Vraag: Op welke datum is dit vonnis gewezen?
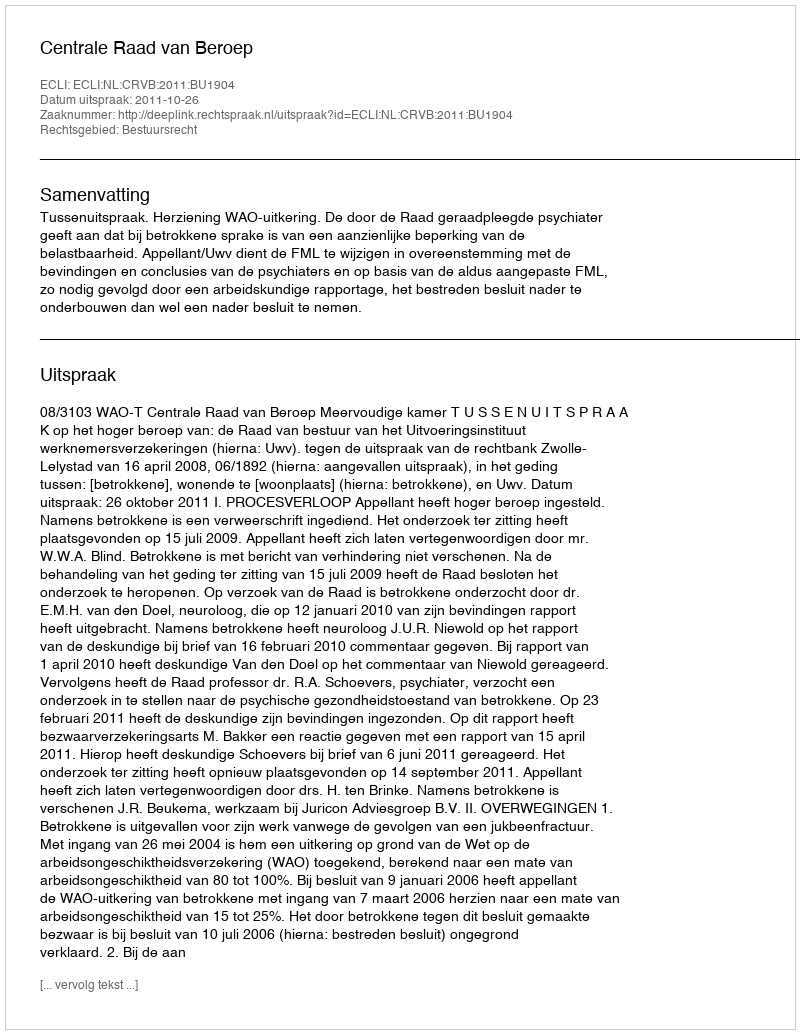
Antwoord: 2011-10-26